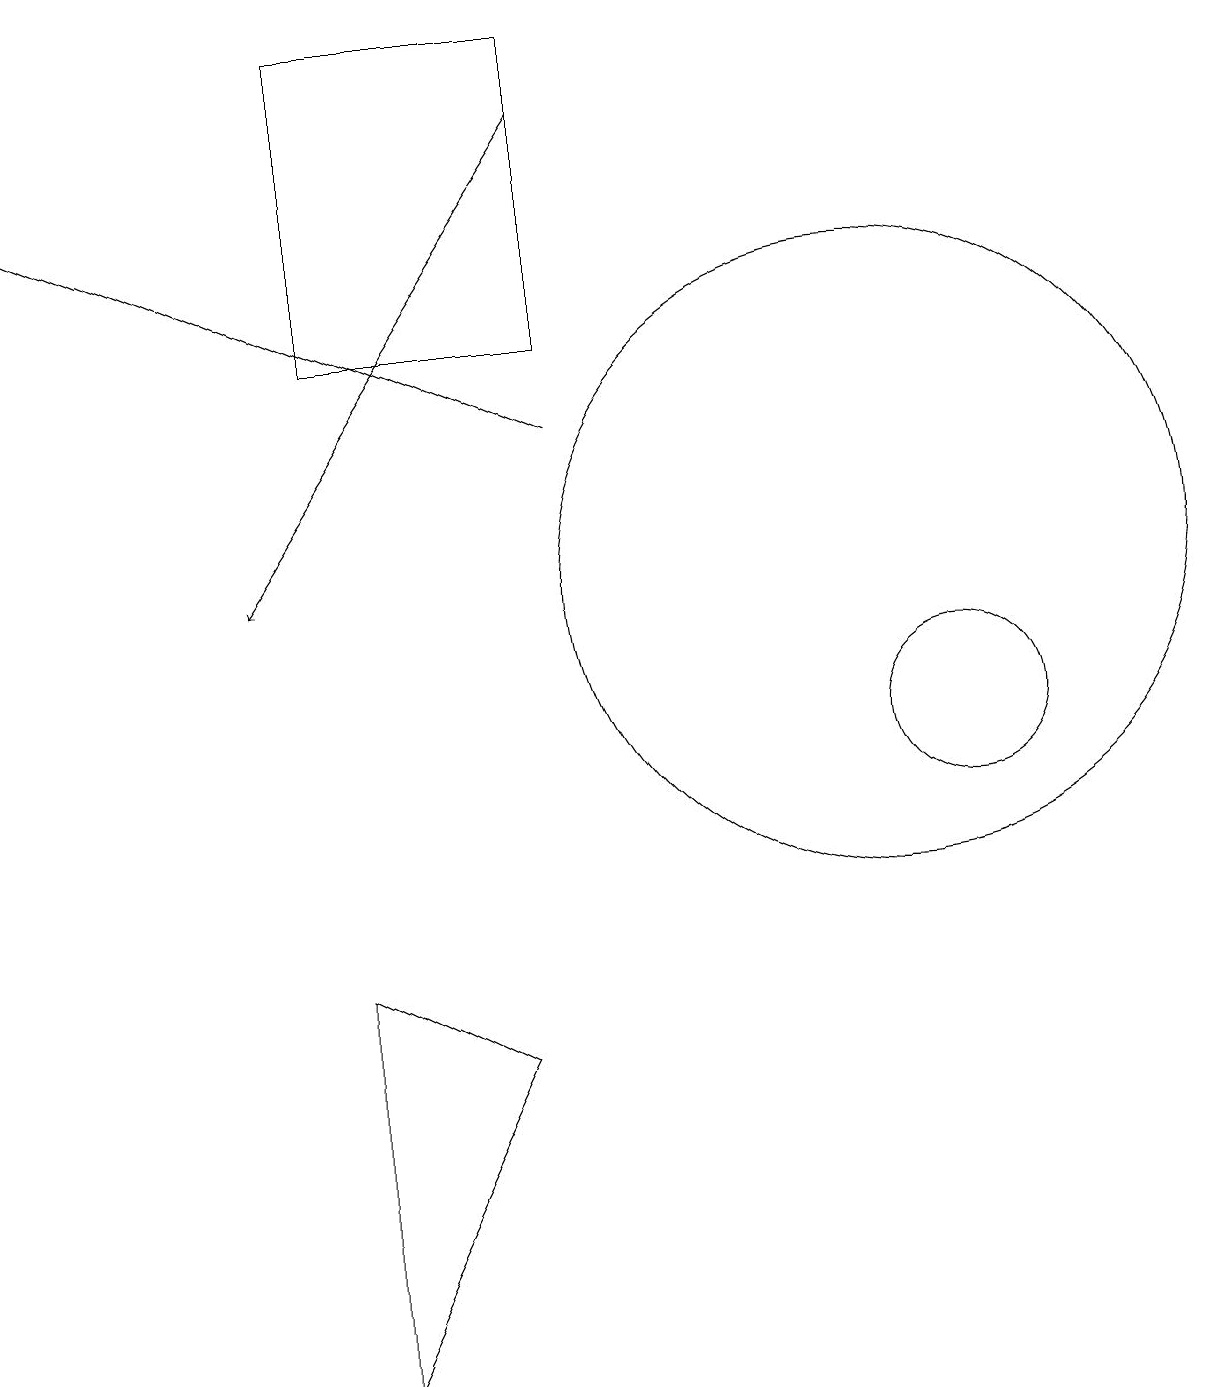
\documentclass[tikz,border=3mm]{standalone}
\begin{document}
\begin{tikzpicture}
\draw (11,12) circle (4);
\draw[->] (7,14) -- (0,17);
\draw (4,7) -- (6,6) -- (4,2) -- cycle;
\draw (10,12) circle (0);
\draw[->] (7,18) -- (3,12);
\draw (7,15) rectangle (4,19);
\draw (12,10) circle (1);
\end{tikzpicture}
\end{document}